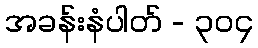
အခန်းနံပါတ် - ၃၀၄